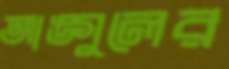
আঙ্গুলের